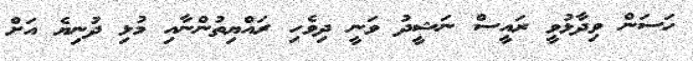
ހަސަން ވިދާޅުވީ ރައީސް ނަޝީދު ވަނީ ދިވެހި ރައްޔިތުންނާއި މުޅި ދުނިޔެ އަށް